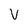
Character: v